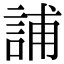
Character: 誧